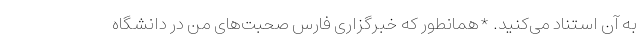
به آن استناد می‌کنید. *همانطور که خبرگزاری فارس صحبت‌های من در دانشگاه